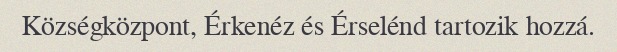
Községközpont, Érkenéz és Érselénd tartozik hozzá.